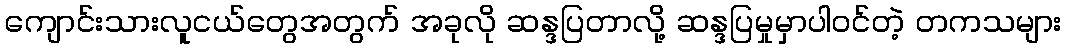
ကျောင်းသားလူငယ်တွေအတွက် အခုလို ဆန္ဒပြတာလို့ ဆန္ဒပြမှုမှာပါဝင်တဲ့ တကသများ